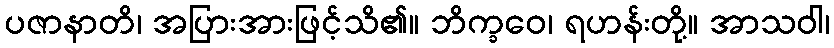
ပဇာနာတိ၊ အပြားအားဖြင့်သိ၏။ ဘိက္ခဝေ၊ ရဟန်းတို့။ အာသဝါ၊